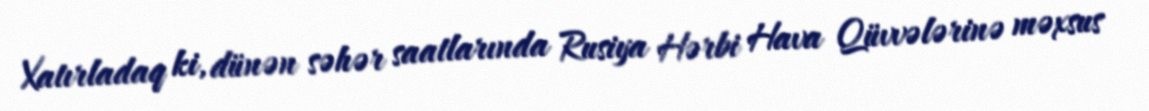
Xatırladaq ki, dünən səhər saatlarında Rusiya Hərbi Hava Qüvvələrinə məxsus